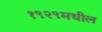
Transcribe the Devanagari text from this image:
१९२९मधील